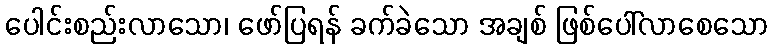
ပေါင်းစည်းလာသော၊ ဖော်ပြရန် ခက်ခဲသော အချစ် ဖြစ်ပေါ်လာစေသော